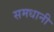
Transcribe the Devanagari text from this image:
समधानी